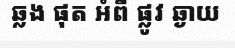
ឆ្លង ផុត អំពី ផ្លូវ ឆ្ងាយ